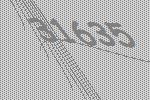
31635